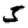
Digit: 5